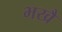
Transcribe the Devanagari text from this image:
भखै